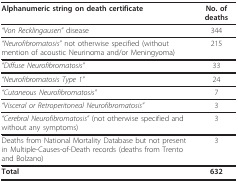
<table><thead><tr><td><b>Alphanumeric string on death certificate</b></td><td><b>No. of deaths</b></td></tr></thead><tbody><tr><td><i>&quot;Von Recklingausen&quot; </i>disease</td><td>344</td></tr><tr><td><i>&quot;Neurofibromatosis&quot; </i>not otherwise specified (without mention of acoustic Neurinoma and/or Meningyoma)</td><td>215</td></tr><tr><td><i>&quot;Diffuse Neurofibromatosis&quot;</i></td><td>33</td></tr><tr><td><i>&quot;Neurofibromatosis Type 1&quot;</i></td><td>24</td></tr><tr><td><i>&quot;Cutaneous Neurofibromatosis&quot;</i></td><td>7</td></tr><tr><td><i>&quot;Visceral or Retroperitoneal Neurofibromatosis&quot;</i></td><td>3</td></tr><tr><td><i>&quot;Cerebral Neurofibromatosis&quot; </i>(not otherwise specified and without any symptoms)</td><td>3</td></tr><tr><td>Deaths from National Mortality Database but not present in Multiple-Causes-of-Death records (deaths from Trento and Bolzano)</td><td>3</td></tr><tr><td><b>Total</b></td><td><b>632</b></td></tr></tbody></table>